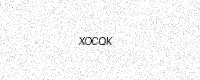
Text: XOCQK